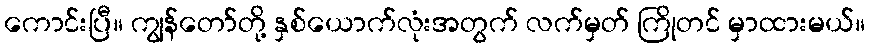
ကောင်းပြီ။ ကျွန်တော်တို့ နှစ်ယောက်လုံးအတွက် လက်မှတ် ကြိုတင် မှာထားမယ်။